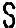
S